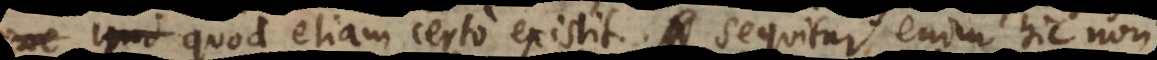
etc. quod etiam certo existit. Sequitur enim hic non